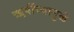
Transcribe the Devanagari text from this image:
ॠषींच्यामुळें